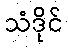
သံဒိုင်